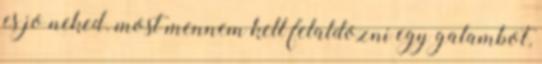
es jo neked. most mennem kell felaldozni egy galambot,